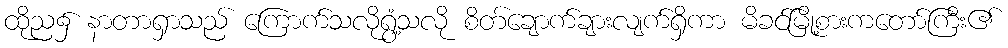
ထိုည၌ နာတာရှာသည် ကြောက်သလိုရွံ့သလို စိတ်ချောက်ချားလျက်ရှိကာ မိခင်မြို့စားကတော်ကြီး၏